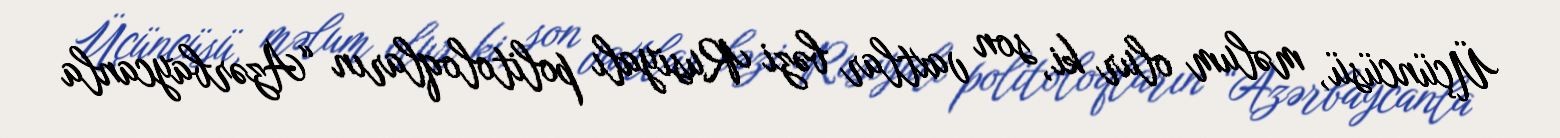
Üçüncüsü, məlum olur ki, son vaxtlar bəzi Rusiyalı politoloqların “Azərbaycanla